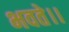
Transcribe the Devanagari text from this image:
भवते।।